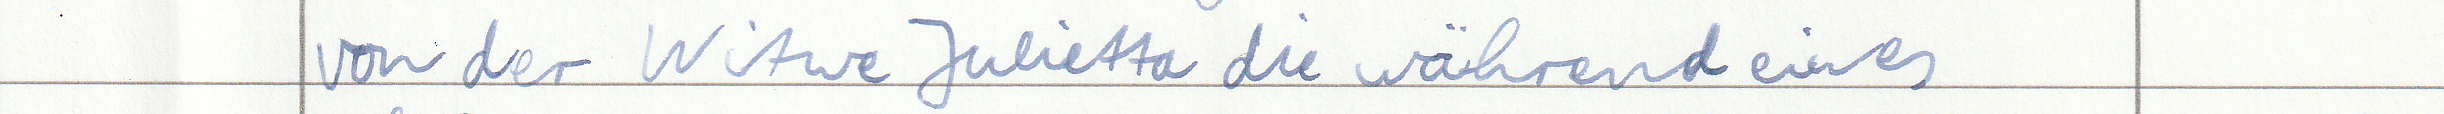
von der Witwe Julietta die während eines